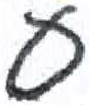
אות: ע